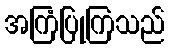
အကြံပြုကြသည်